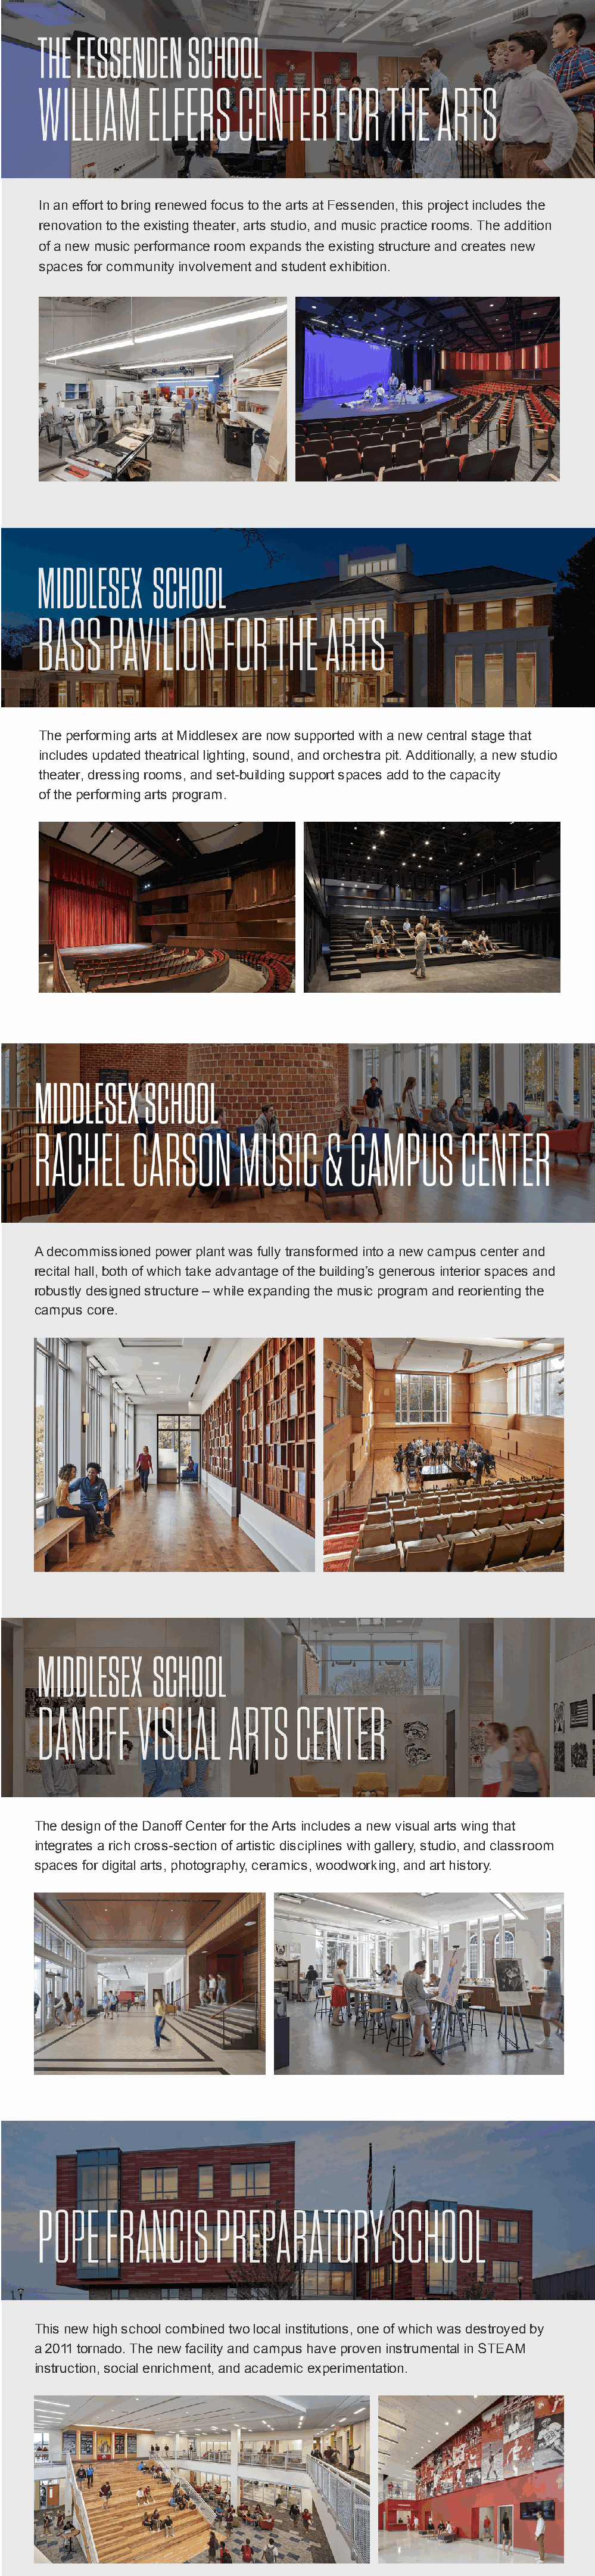
Evolving and expanding programs for today's students have
 driven creative design and planning in CBT's recent work for
 K-12 schools. Below are some of our most recently completed
 projects that provide places to connect, learn, perform,
 innovate, and discover.
 In an effort to bring renewed focus to the arts at Fessenden, this project includes the
 renovation to the existing theater, arts studio, and music practice rooms. The addition
 of a new music performance room expands the existing structure and creates new
 spaces for community involvement and student exhibition.
 The performing arts at Middlesex are now supported with a new central stage that
 includes updated theatrical lighting, sound, and orchestra pit. Additionally, a new studio
 theater, dressing rooms, and set-building support spaces add to the capacity
 of the performing arts program.
 A decommissioned power plant was fully transformed into a new campus center and
 recital hall, both of which take advantage of the building’s generous interior spaces and
 robustly designed structure – while expanding the music program and reorienting the
 campus core.
 The design of the Danoff Center for the Arts includes a new visual arts wing that
 integrates a rich cross-section of artistic disciplines with gallery, studio, and classroom
 spaces for digital arts, photography, ceramics, woodworking, and art history.
 This new high school combined two local institutions, one of which was destroyed by
 a 2011 tornado. The new facility and campus have proven instrumental in STEAM
 instruction, social enrichment, and academic experimentation.
 Share this email:
 Visit cbtarchitects.comfor all ofour news, projectsand information.
 Copyright© 2020CBT/ Childs BertmanTseckaresInc. | 110 Canal Street | Boston,MA02114 | 617 262 4354
 Formore informationcontact morlot@cbtarchitects.com
 This email was sent to . Toensurethat you continue receiving our emails, please add us to your address book or safe list.
 Manage your preferences
 Opt out using TrueRemove®
 Got this as a forward? Sign up to receiveour futureemails.
 Subscribe to our emaillist.